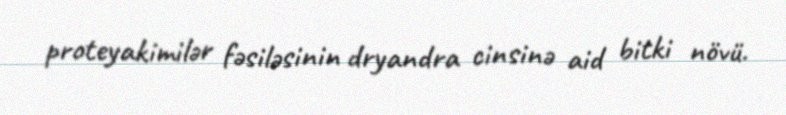
proteyakimilər fəsiləsinin dryandra cinsinə aid bitki növü.